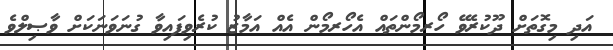
އަދި މިގޮތަށް ދޫކުރެވޭ ހޯރމޯންތައް އެހޯރމޯން އެއް އަމާޒު ކުރެވިފައިވާ ގުނަވަނަކަށް ވާޞިލްވެ